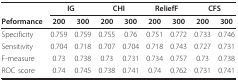
|  | <COLSPAN=2> IG | <COLSPAN=2> CHI | <COLSPAN=2> ReliefF | <COLSPAN=2> CFS |
 | Peformance | 200 | 300 | 200 | 300 | 200 | 300 | 200 | 300 |
 | --- | --- | --- | --- | --- | --- | --- | --- | --- |
 | Specificity | 0.759 | 0.759 | 0.755 | 0.76 | 0.751 | 0.772 | 0.733 | 0.746 |
 | Sensitivity | 0.704 | 0.718 | 0.707 | 0.704 | 0.718 | 0.743 | 0.727 | 0.731 |
 | F-measure | 0.73 | 0.738 | 0.73 | 0.731 | 0.734 | 0.757 | 0.73 | 0.738 |
 | ROC score | 0.74 | 0.745 | 0.738 | 0.741 | 0.74 | 0.762 | 0.731 | 0.741 |